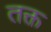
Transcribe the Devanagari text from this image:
तक्त